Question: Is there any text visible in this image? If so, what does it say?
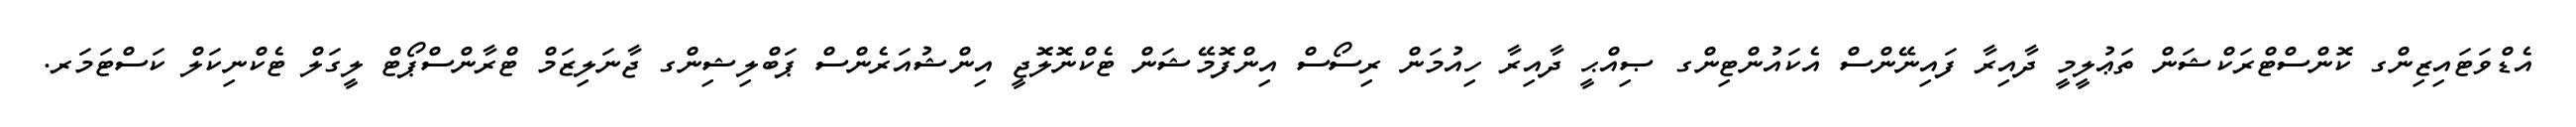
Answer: އެޑްވަޓައިޒިންގ ކޮންސްޓްރަކްޝަން ތަޢުލީމީ ދާއިރާ ފައިނޭންސް އެކައުންޓިންގ ޞިއްޙީ ދާއިރާ ހިއުމަން ރިސޯސް އިންފޮމޭޝަން ޓެކްނޮލޮޖީ އިންޝުއަރެންސް ޕަބްލިޝިންގ ޖާނަލިޒަމް ޓްރާންސްޕޯޓް ލީގަލް ޓެކްނިކަލް ކަސްޓަމަރ.